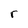
Character: r